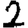
Digit: 2